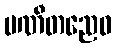
ပဏီတညေဝ